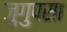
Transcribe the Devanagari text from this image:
जुगुपसा